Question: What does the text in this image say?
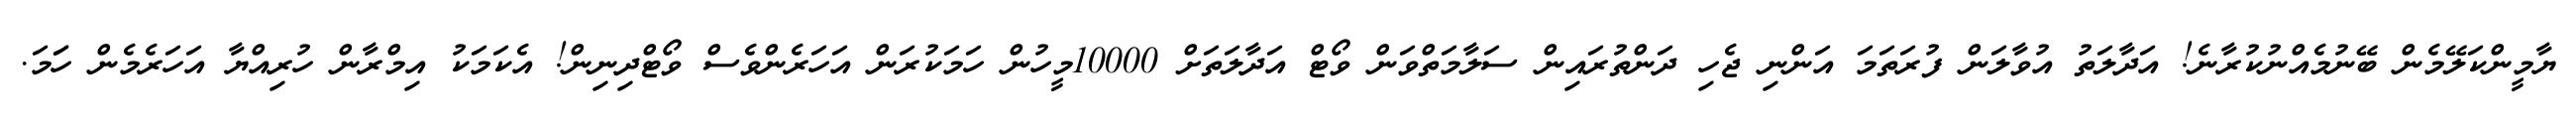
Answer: ޔާމީންކަލޭމެން ބޭނުމެއްނުކުރާނެ! އަދާލަތު އުވާލަން ފުރަތަމަ އަންނި ޖެހި ދަންތުރައިން ސަލާމަތްވަން ވޯޓް އަދާލަތަށް 10000މީހުން ހަމަކުރަން އަހަރެންވެސް ވޯޓްދިނިން! އެކަމަކު އިމްރާން ހުރިއްޔާ އަހަރެމެން ހަަމަ.